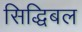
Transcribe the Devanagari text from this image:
सिद्धिबल